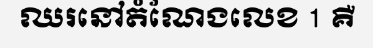
ឈរនៅតំណែងលេខ 1 គឺ